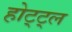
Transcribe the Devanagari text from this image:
होट्ट्ल